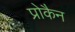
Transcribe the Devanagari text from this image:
प्रोकैन